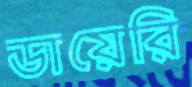
ডায়েরি